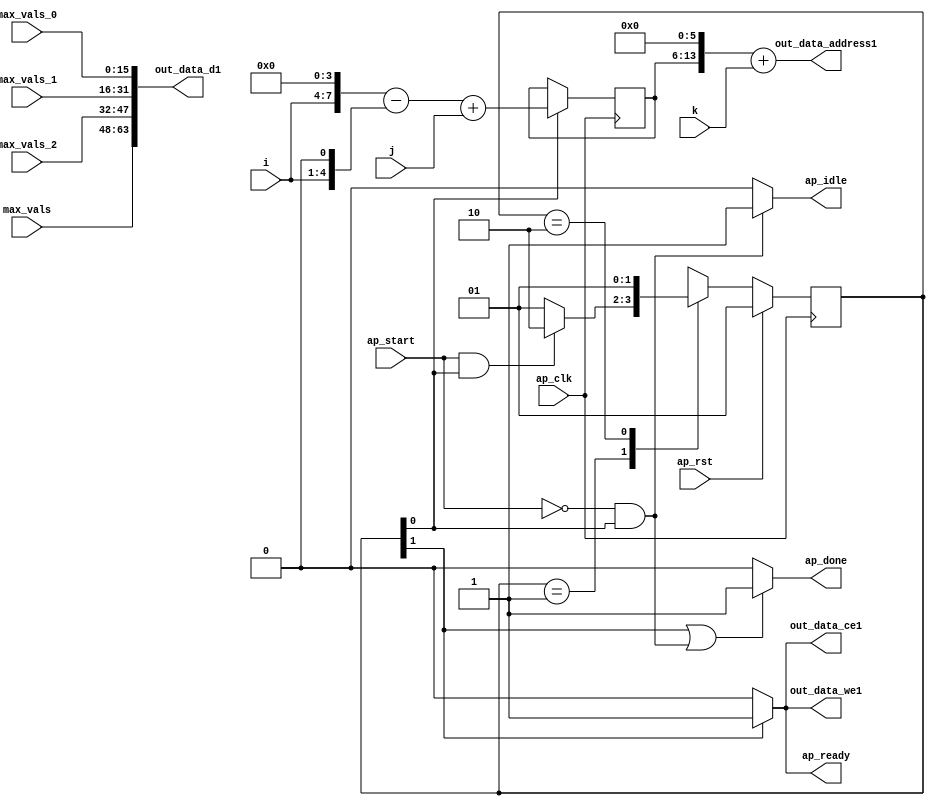
`define EXPONENT 5
`define MANTISSA 10
`define ACTUAL_MANTISSA 11
`define EXPONENT_LSB 10
`define EXPONENT_MSB 14
`define MANTISSA_LSB 0
`define MANTISSA_MSB 9
`define MANTISSA_MUL_SPLIT_LSB 3
`define MANTISSA_MUL_SPLIT_MSB 9
`define SIGN 1
`define SIGN_LOC 15
`define DWIDTH (`SIGN+`EXPONENT+`MANTISSA)
`define IEEE_COMPLIANCE 1

module td_fused_top_tdf8_writeOutputs_aligned (
        ap_clk,
        ap_rst,
        ap_start,
        ap_done,
        ap_idle,
        ap_ready,
        i,
        j,
        k,
        out_data_address1,
        out_data_ce1,
        out_data_we1,
        out_data_d1,
        max_vals_0,
        max_vals_1,
        max_vals_2,
        max_vals
);

parameter    ap_ST_fsm_state1 = 2'd1;
parameter    ap_ST_fsm_state2 = 2'd2;

input   ap_clk;
input   ap_rst;
input   ap_start;
output   ap_done;
output   ap_idle;
output   ap_ready;
input  [3:0] i;
input  [7:0] j;
input  [7:0] k;
output  [13:0] out_data_address1;
output   out_data_ce1;
output   out_data_we1;
output  [63:0] out_data_d1;
input  [15:0] max_vals_0;
input  [15:0] max_vals_1;
input  [15:0] max_vals_2;
input  [15:0] max_vals;

reg ap_done;
reg ap_idle;
reg ap_ready;
reg out_data_ce1;
reg out_data_we1;

  reg   [1:0] ap_CS_fsm;
wire    ap_CS_fsm_state1;
wire   [7:0] add_ln123_fu_105_p2;
reg   [7:0] add_ln123_reg_178;
wire   [63:0] zext_ln123_2_fu_132_p1;
wire    ap_CS_fsm_state2;
wire   [4:0] tmp_8_fu_87_p3;
wire   [7:0] tmp_fu_79_p3;
wire   [7:0] zext_ln123_fu_95_p1;
wire   [7:0] sub_ln123_fu_99_p2;
wire   [13:0] tmp_10_cast_fu_111_p3;
wire   [13:0] zext_ln123_1_fu_122_p1;
wire   [13:0] add_ln123_1_fu_126_p2;
wire   [15:0] bitcast_ln123_3_fu_161_p1;
wire   [15:0] bitcast_ln123_2_fu_153_p1;
wire   [15:0] bitcast_ln123_1_fu_145_p1;
wire   [15:0] bitcast_ln123_fu_137_p1;
reg   [1:0] ap_NS_fsm;
wire    ap_ce_reg;

// power-on initialization
initial begin
#0 ap_CS_fsm = 2'd1;
end

always @ (posedge ap_clk) begin
    if (ap_rst == 1'b1) begin
        ap_CS_fsm <= ap_ST_fsm_state1;
    end else begin
        ap_CS_fsm <= ap_NS_fsm;
    end
end

always @ (posedge ap_clk) begin
    if ((1'b1 == ap_CS_fsm_state1)) begin
        add_ln123_reg_178 <= add_ln123_fu_105_p2;
    end
end

always @ (*) begin
    if (((1'b1 == ap_CS_fsm_state2) | ((ap_start == 1'b0) & (1'b1 == ap_CS_fsm_state1)))) begin
        ap_done = 1'b1;
    end else begin
        ap_done = 1'b0;
    end
end

always @ (*) begin
    if (((ap_start == 1'b0) & (1'b1 == ap_CS_fsm_state1))) begin
        ap_idle = 1'b1;
    end else begin
        ap_idle = 1'b0;
    end
end

always @ (*) begin
    if ((1'b1 == ap_CS_fsm_state2)) begin
        ap_ready = 1'b1;
    end else begin
        ap_ready = 1'b0;
    end
end

always @ (*) begin
    if ((1'b1 == ap_CS_fsm_state2)) begin
        out_data_ce1 = 1'b1;
    end else begin
        out_data_ce1 = 1'b0;
    end
end

always @ (*) begin
    if ((1'b1 == ap_CS_fsm_state2)) begin
        out_data_we1 = 1'b1;
    end else begin
        out_data_we1 = 1'b0;
    end
end

always @ (*) begin
    case (ap_CS_fsm)
        ap_ST_fsm_state1 : begin
            if (((ap_start == 1'b1) & (1'b1 == ap_CS_fsm_state1))) begin
                ap_NS_fsm = ap_ST_fsm_state2;
            end else begin
                ap_NS_fsm = ap_ST_fsm_state1;
            end
        end
        ap_ST_fsm_state2 : begin
            ap_NS_fsm = ap_ST_fsm_state1;
        end
        default : begin
            ap_NS_fsm = 'bx;
        end
    endcase
end

assign add_ln123_1_fu_126_p2 = (tmp_10_cast_fu_111_p3 + zext_ln123_1_fu_122_p1);

assign add_ln123_fu_105_p2 = (sub_ln123_fu_99_p2 + j);

assign ap_CS_fsm_state1 = ap_CS_fsm[32'd0];

assign ap_CS_fsm_state2 = ap_CS_fsm[32'd1];

assign bitcast_ln123_1_fu_145_p1 = max_vals_1;

assign bitcast_ln123_2_fu_153_p1 = max_vals_2;

assign bitcast_ln123_3_fu_161_p1 = max_vals;

assign bitcast_ln123_fu_137_p1 = max_vals_0;

assign out_data_address1 = zext_ln123_2_fu_132_p1;

assign out_data_d1 = {{{{bitcast_ln123_3_fu_161_p1}, {bitcast_ln123_2_fu_153_p1}}, {bitcast_ln123_1_fu_145_p1}}, {bitcast_ln123_fu_137_p1}};

assign sub_ln123_fu_99_p2 = (tmp_fu_79_p3 - zext_ln123_fu_95_p1);

assign tmp_10_cast_fu_111_p3 = {{add_ln123_reg_178}, {6'd0}};

assign tmp_8_fu_87_p3 = {{i}, {1'd0}};

assign tmp_fu_79_p3 = {{i}, {4'd0}};

assign zext_ln123_1_fu_122_p1 = k;

assign zext_ln123_2_fu_132_p1 = add_ln123_1_fu_126_p2;

assign zext_ln123_fu_95_p1 = tmp_8_fu_87_p3;

endmodule //td_fused_top_tdf8_writeOutputs_aligned